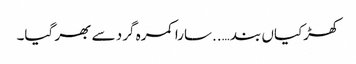
کھڑکیاں بند …..سارا کمرہ گرد سے بھر گیا۔